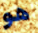
هو